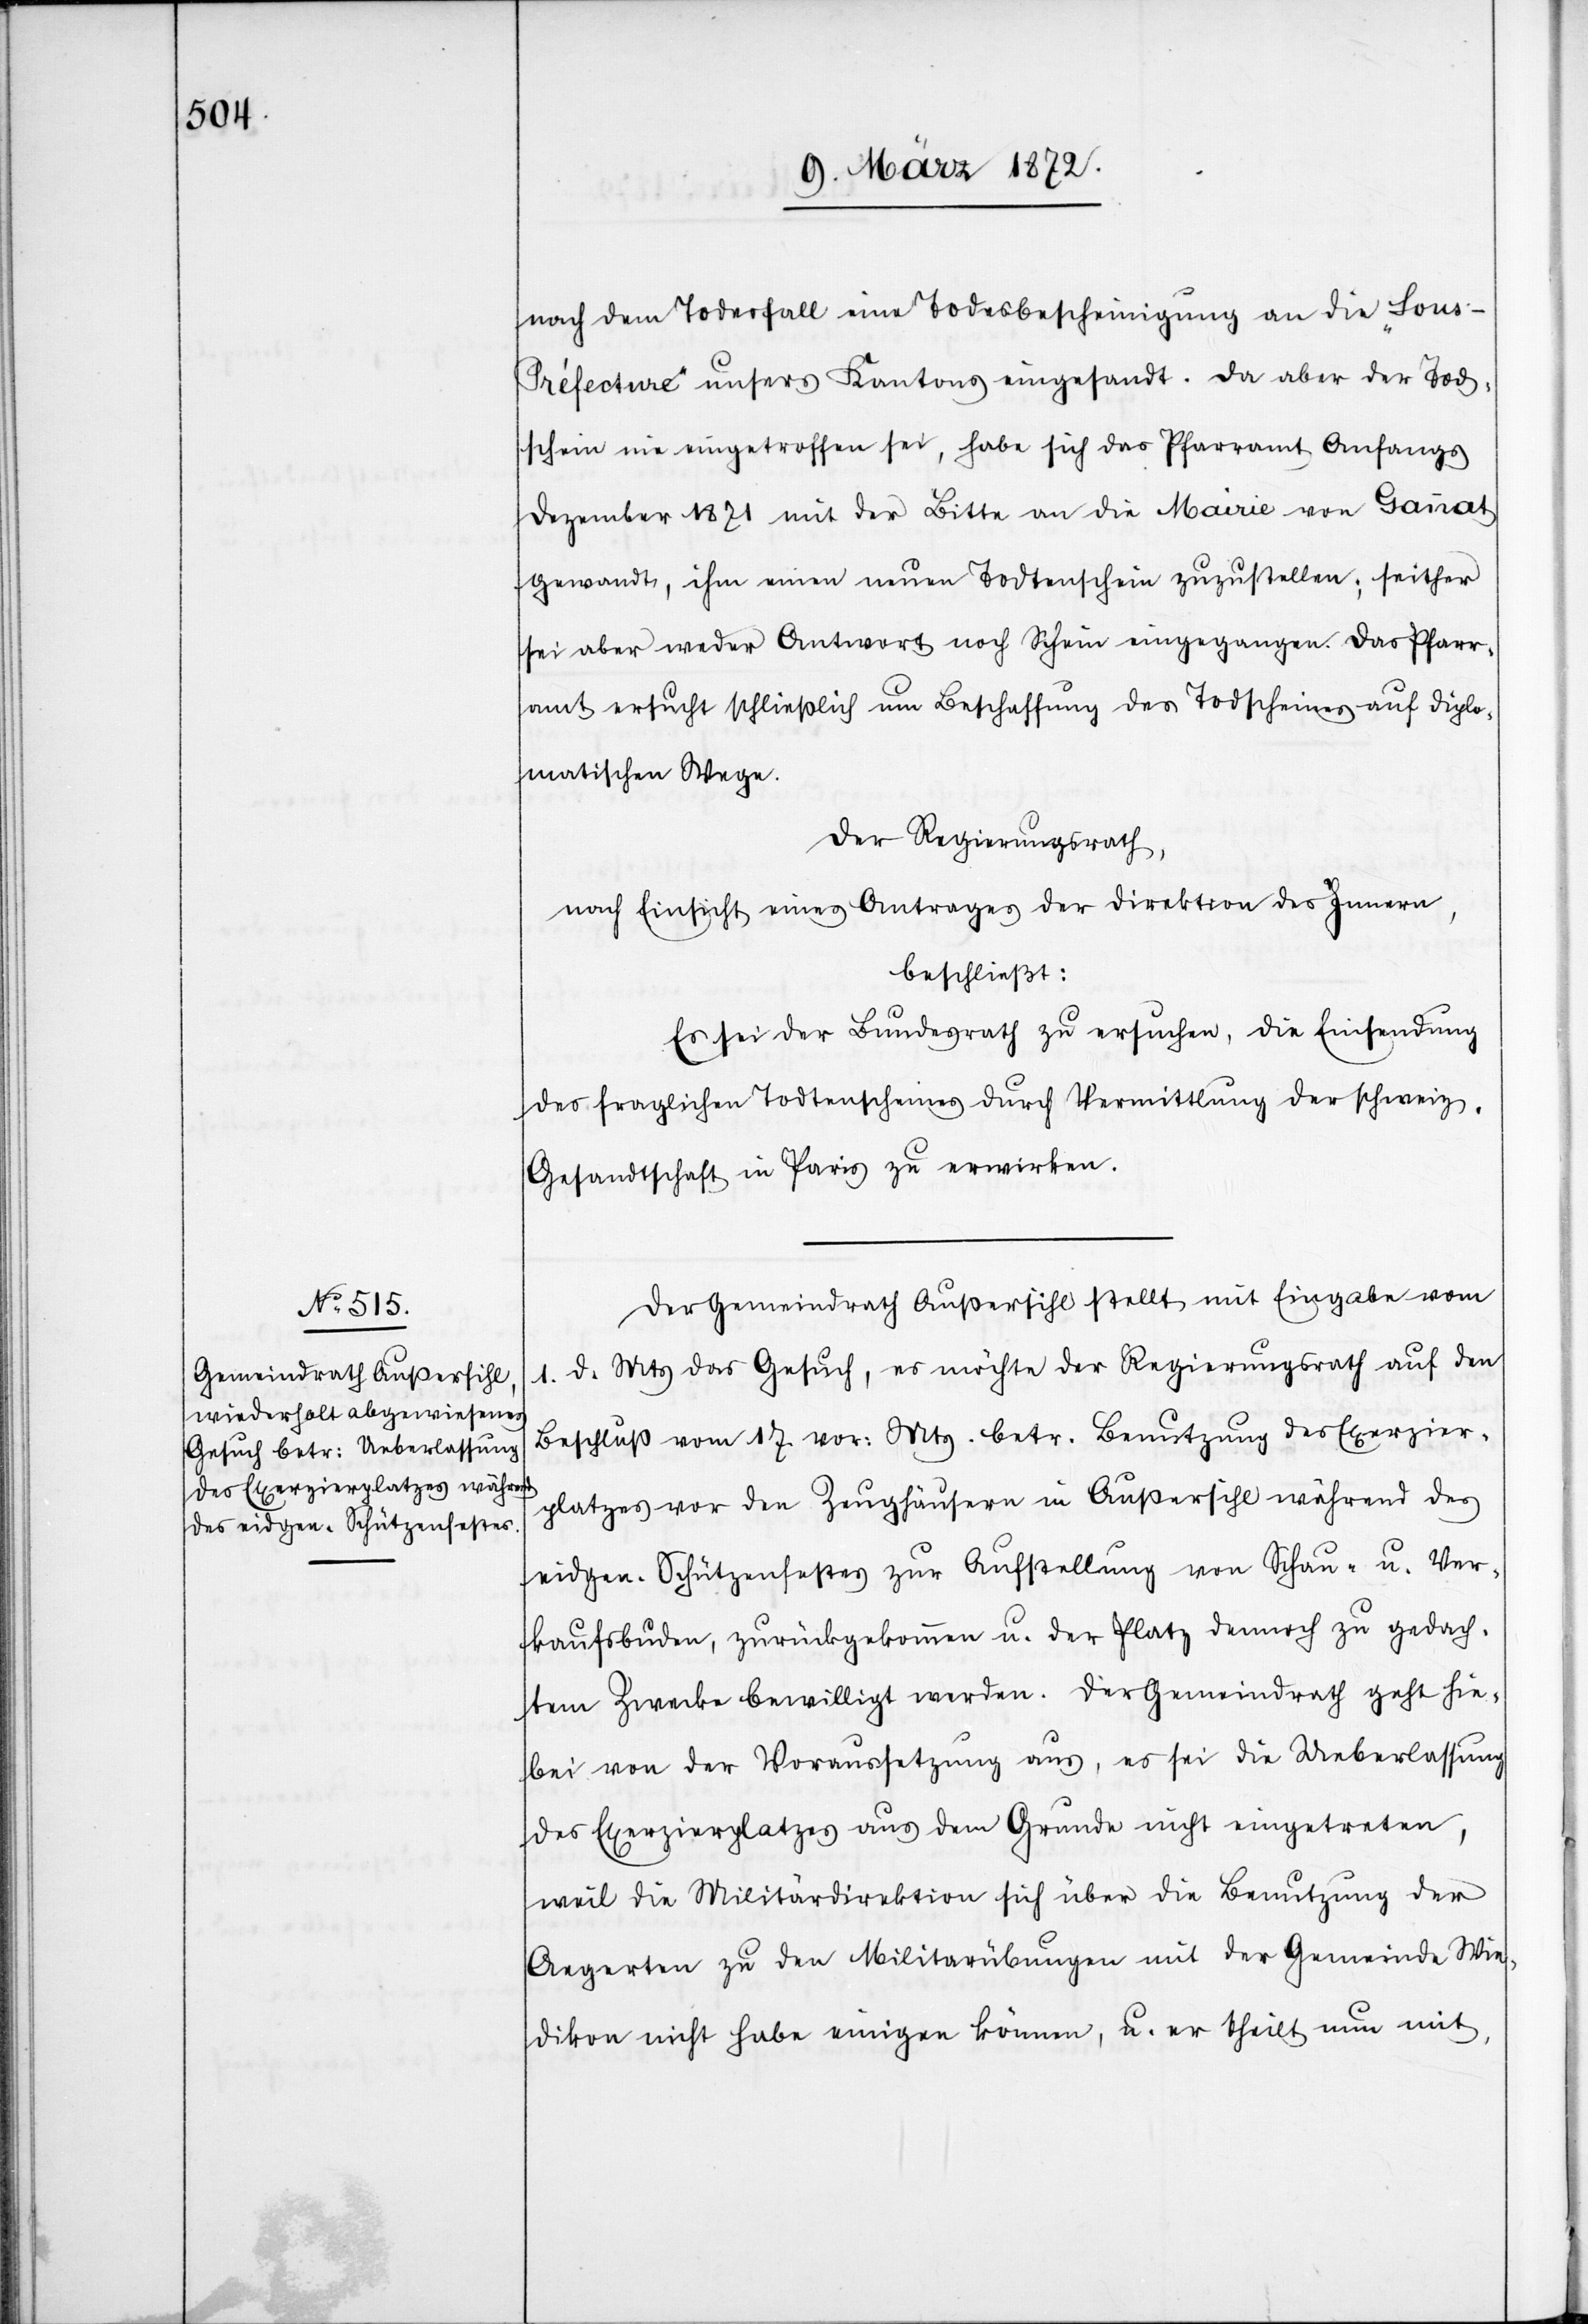
nach dem Todesfall eine Todesbescheinigung an die „Sou¬
s-Préfecture“ unsers Kantons eingesandt. Da aber der Tod¬
schein nie eingetroffen sei, habe sich das Pfarramt Anfangs
Dezember 1871 mit der Bitte an die Mairie von Gannat
gewandt, ihm einen neuen Todtenschein zuzustellen; seither
sei aber weder Antwort noch Schein eingegangen. Das Pfarr¬
amt ersucht schließlich um Beschaffung des Todscheines auf diplo¬
matischen Wege.
Der Regierungsrath,
nach Einsicht eines Antrages der Direktion des Innern,
beschließt:
Es sei der Bundesrath zu ersuchen, die Einsendung
des fraglichen Todtenscheines durch Vermittlung der schweiz.
Gesandtschaft in Paris zu erwirken.
Der Gemeindrath Außersihl stellt mit Eingabe vom
1. d. Mts das Gesuch, es möchte der Regierungsrath auf den
Beschluß vom 17 vor: Mts. betr. Benutzung des Exerzier¬
platzes vor den Zeughäusern in Außersihl während des
eidgen. Schützenfestes zur Aufstellung von Schau- u. Ver¬
kaufsbuden, zurückgekommen u. der Platz dennoch zu gedach¬
tem Zwecke bewilligt werden. Der Gemeindrath geht hie¬
bei von der Voraussetzung aus, es sei die Ueberlassung
des Exerzierplatzes aus dem Grunde nicht eingetreten,
weil die Militärdirektion sich über die Benutzung der
Aegerten zu den Militärübungen mit der Gemeinde Wie¬
dikon nicht habe einigen können, u. er theilt nun mit,